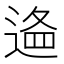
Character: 𨔔